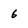
Character: 6